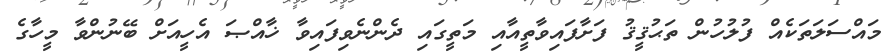
މައްސަލަތަކެއް ފުލުހުން ތަޙުޤީޤު ފަށާފައިވާތީއާއި މަތީގައި ދެންނެވިފައިވާ ޚާއްޞަ އެހީއަށް ބޭނުންވާ މީހާގެ